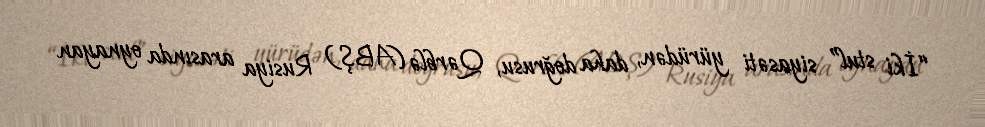
“İki stul” siyasəti yürüdən, daha doğrusu, Qərblə (ABŞ) Rusiya arasında oynayan